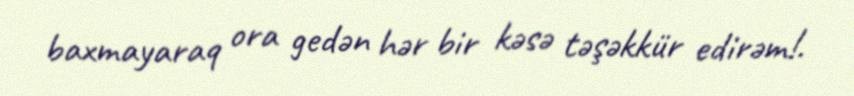
baxmayaraq ora gedən hər bir kəsə təşəkkür edirəm!.